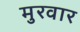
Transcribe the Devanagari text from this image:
मुरवार